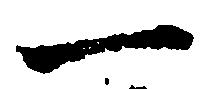
一